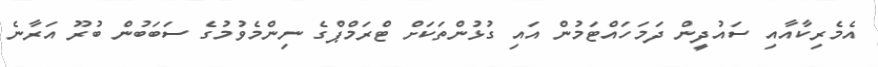
އެމެރިކާއާއި ސައުދީން ދަމަހައްޓަމުން އައި ގުޅުންތަކަށް ޓްރަމްޕްގެ ނިންމެވުމުގެ ސަބަބުން ބުރޫ އަރާނެ